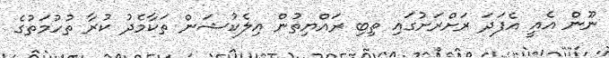
ނޫން އެއީ އެފަދަ ރަށްރަށުގައި ތިބި ރައްޔިތުން އިލެކުޝަން ތަކާމެދު ކުރާ ތުހުމަތުގެ